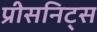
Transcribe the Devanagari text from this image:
प्रीसनिट्स